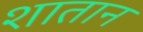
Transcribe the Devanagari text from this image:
शातान